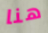
هنا